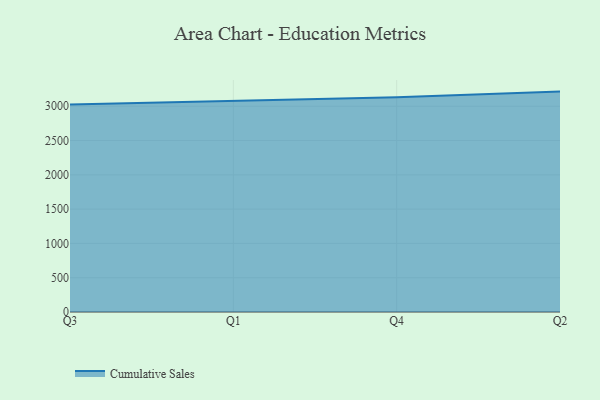
{"axis": {"x": "Quarter", "y": "Gross Profit (USD K)"}, "legend": ["Cumulative Sales"], "data": [{"x": "Q3", "y": 3025.0, "type": "Cumulative Sales"}, {"x": "Q1", "y": 3074.8, "type": "Cumulative Sales"}, {"x": "Q4", "y": 3129.9, "type": "Cumulative Sales"}, {"x": "Q2", "y": 3213.6, "type": "Cumulative Sales"}]}